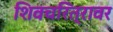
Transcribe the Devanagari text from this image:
शिवचरित्रावर